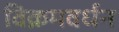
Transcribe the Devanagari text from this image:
विक्रमवर्धन